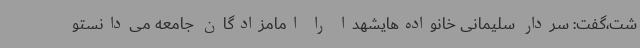
شت،گفت: سردار سلیمانی خانواده‌هایشهدا را امامزادگان جامعه می‌دانستو